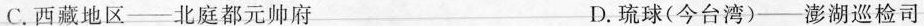
C.西藏地区——北庭都元帅府 D.琉球(今台湾)——澎湖巡检司